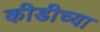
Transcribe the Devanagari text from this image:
कीडीच्या